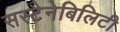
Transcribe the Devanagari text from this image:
सस्टैनेबिलिटी